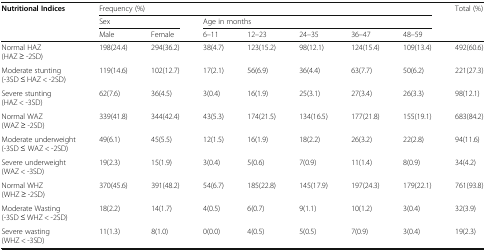
<table><thead><tr><td rowspan="3"><b>Nutritional Indices</b></td><td colspan="7"><b>Frequency (%)</b></td><td><b>Total (%)</b></td></tr><tr><td colspan="2"><b>Sex</b></td><td colspan="5"><b>Age in months</b></td><td></td></tr><tr><td><b>Male</b></td><td><b>Female</b></td><td><b>6–11</b></td><td><b>12–23</b></td><td><b>24–35</b></td><td><b>36–47</b></td><td><b>48–59</b></td><td></td></tr></thead><tbody><tr><td>Normal HAZ(HAZ ≥ -2SD)</td><td>198(24.4)</td><td>294(36.2)</td><td>38(4.7)</td><td>123(15.2)</td><td>98(12.1)</td><td>124(15.4)</td><td>109(13.4)</td><td>492(60.6)</td></tr><tr><td>Moderate stunting(-3SD ≤ HAZ &lt; -2SD)</td><td>119(14.6)</td><td>102(12.7)</td><td>17(2.1)</td><td>56(6.9)</td><td>36(4.4)</td><td>63(7.7)</td><td>50(6.2)</td><td>221(27.3)</td></tr><tr><td>Severe stunting(HAZ &lt; -3SD)</td><td>62(7.6)</td><td>36(4.5)</td><td>3(0.4)</td><td>16(1.9)</td><td>25(3.1)</td><td>27(3.4)</td><td>26(3.3)</td><td>98(12.1)</td></tr><tr><td>Normal WAZ(WAZ ≥ -2SD)</td><td>339(41.8)</td><td>344(42.4)</td><td>43(5.3)</td><td>174(21.5)</td><td>134(16.5)</td><td>177(21.8)</td><td>155(19.1)</td><td>683(84.2)</td></tr><tr><td>Moderate underweight(-3SD ≤ WAZ &lt; -2SD)</td><td>49(6.1)</td><td>45(5.5)</td><td>12(1.5)</td><td>16(1.9)</td><td>18(2.2)</td><td>26(3.2)</td><td>22(2.8)</td><td>94(11.6)</td></tr><tr><td>Severe underweight(WAZ &lt; -3SD)</td><td>19(2.3)</td><td>15(1.9)</td><td>3(0.4)</td><td>5(0.6)</td><td>7(0.9)</td><td>11(1.4)</td><td>8(0.9)</td><td>34(4.2)</td></tr><tr><td>Normal WHZ(WHZ ≥ -2SD)</td><td>370(45.6)</td><td>391(48.2)</td><td>54(6.7)</td><td>185(22.8)</td><td>145(17.9)</td><td>197(24.3)</td><td>179(22.1)</td><td>761(93.8)</td></tr><tr><td>Moderate Wasting(-3SD ≤ WHZ &lt; -2SD)</td><td>18(2.2)</td><td>14(1.7)</td><td>4(0.5)</td><td>6(0.7)</td><td>9(1.1)</td><td>10(1.2)</td><td>3(0.4)</td><td>32(3.9)</td></tr><tr><td>Severe wasting(WHZ &lt; -3SD)</td><td>11(1.3)</td><td>8(1.0)</td><td>0(0.0)</td><td>4(0.5)</td><td>5(0.5)</td><td>7(0.9)</td><td>3(0.4)</td><td>19(2.3)</td></tr></tbody></table>